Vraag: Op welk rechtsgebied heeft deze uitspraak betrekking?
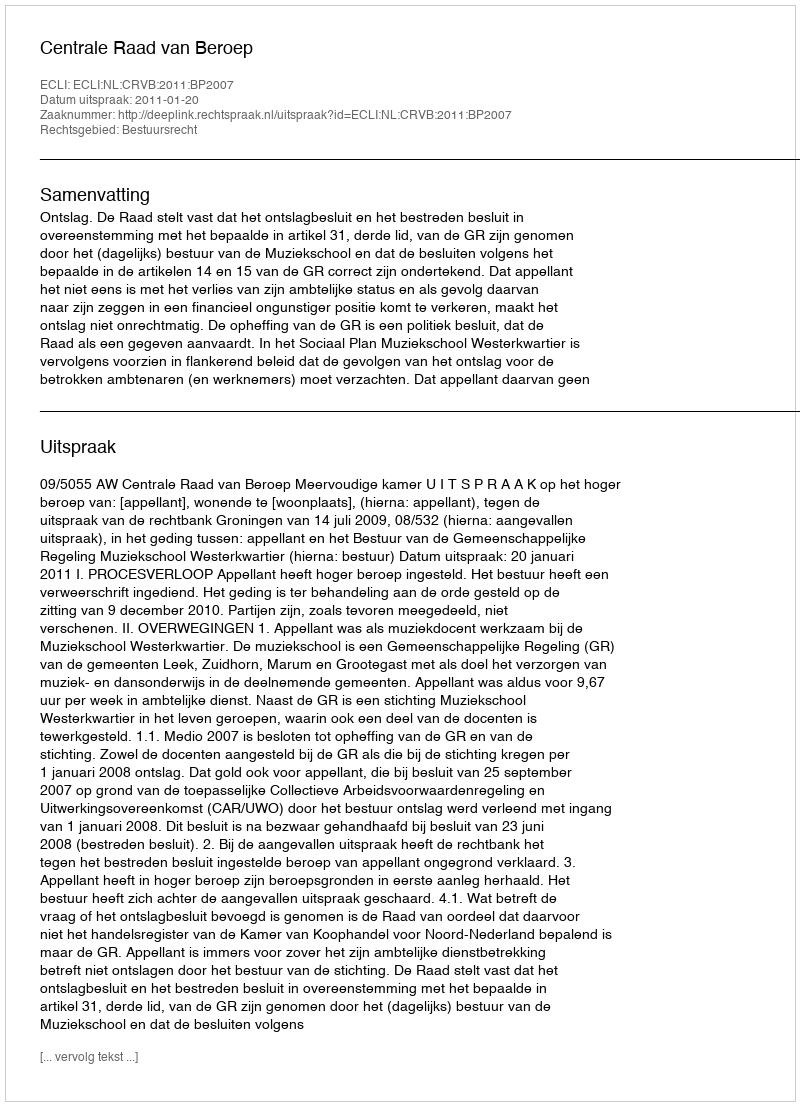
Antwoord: Bestuursrecht